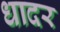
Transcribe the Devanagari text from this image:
धादर